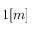
1 [ m ]